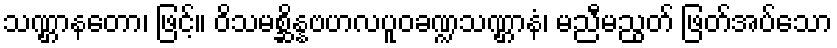
သဏ္ဌာနတော၊ ဖြင့်။ ဝိသမစ္ဆိန္နဗဟလပူဝခဏ္ဍသဏ္ဌာနံ၊ မညီမညွတ် ဖြတ်အပ်သော